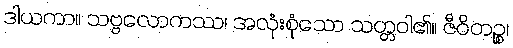
ဒါယကာ။ သဗ္ဗလောကဿ၊ အလုံးစုံသော သတ္တဝါ၏။ ဇီဝိတဉ္စ၊